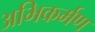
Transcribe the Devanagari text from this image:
अभिकर्मण